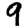
Digit: 9